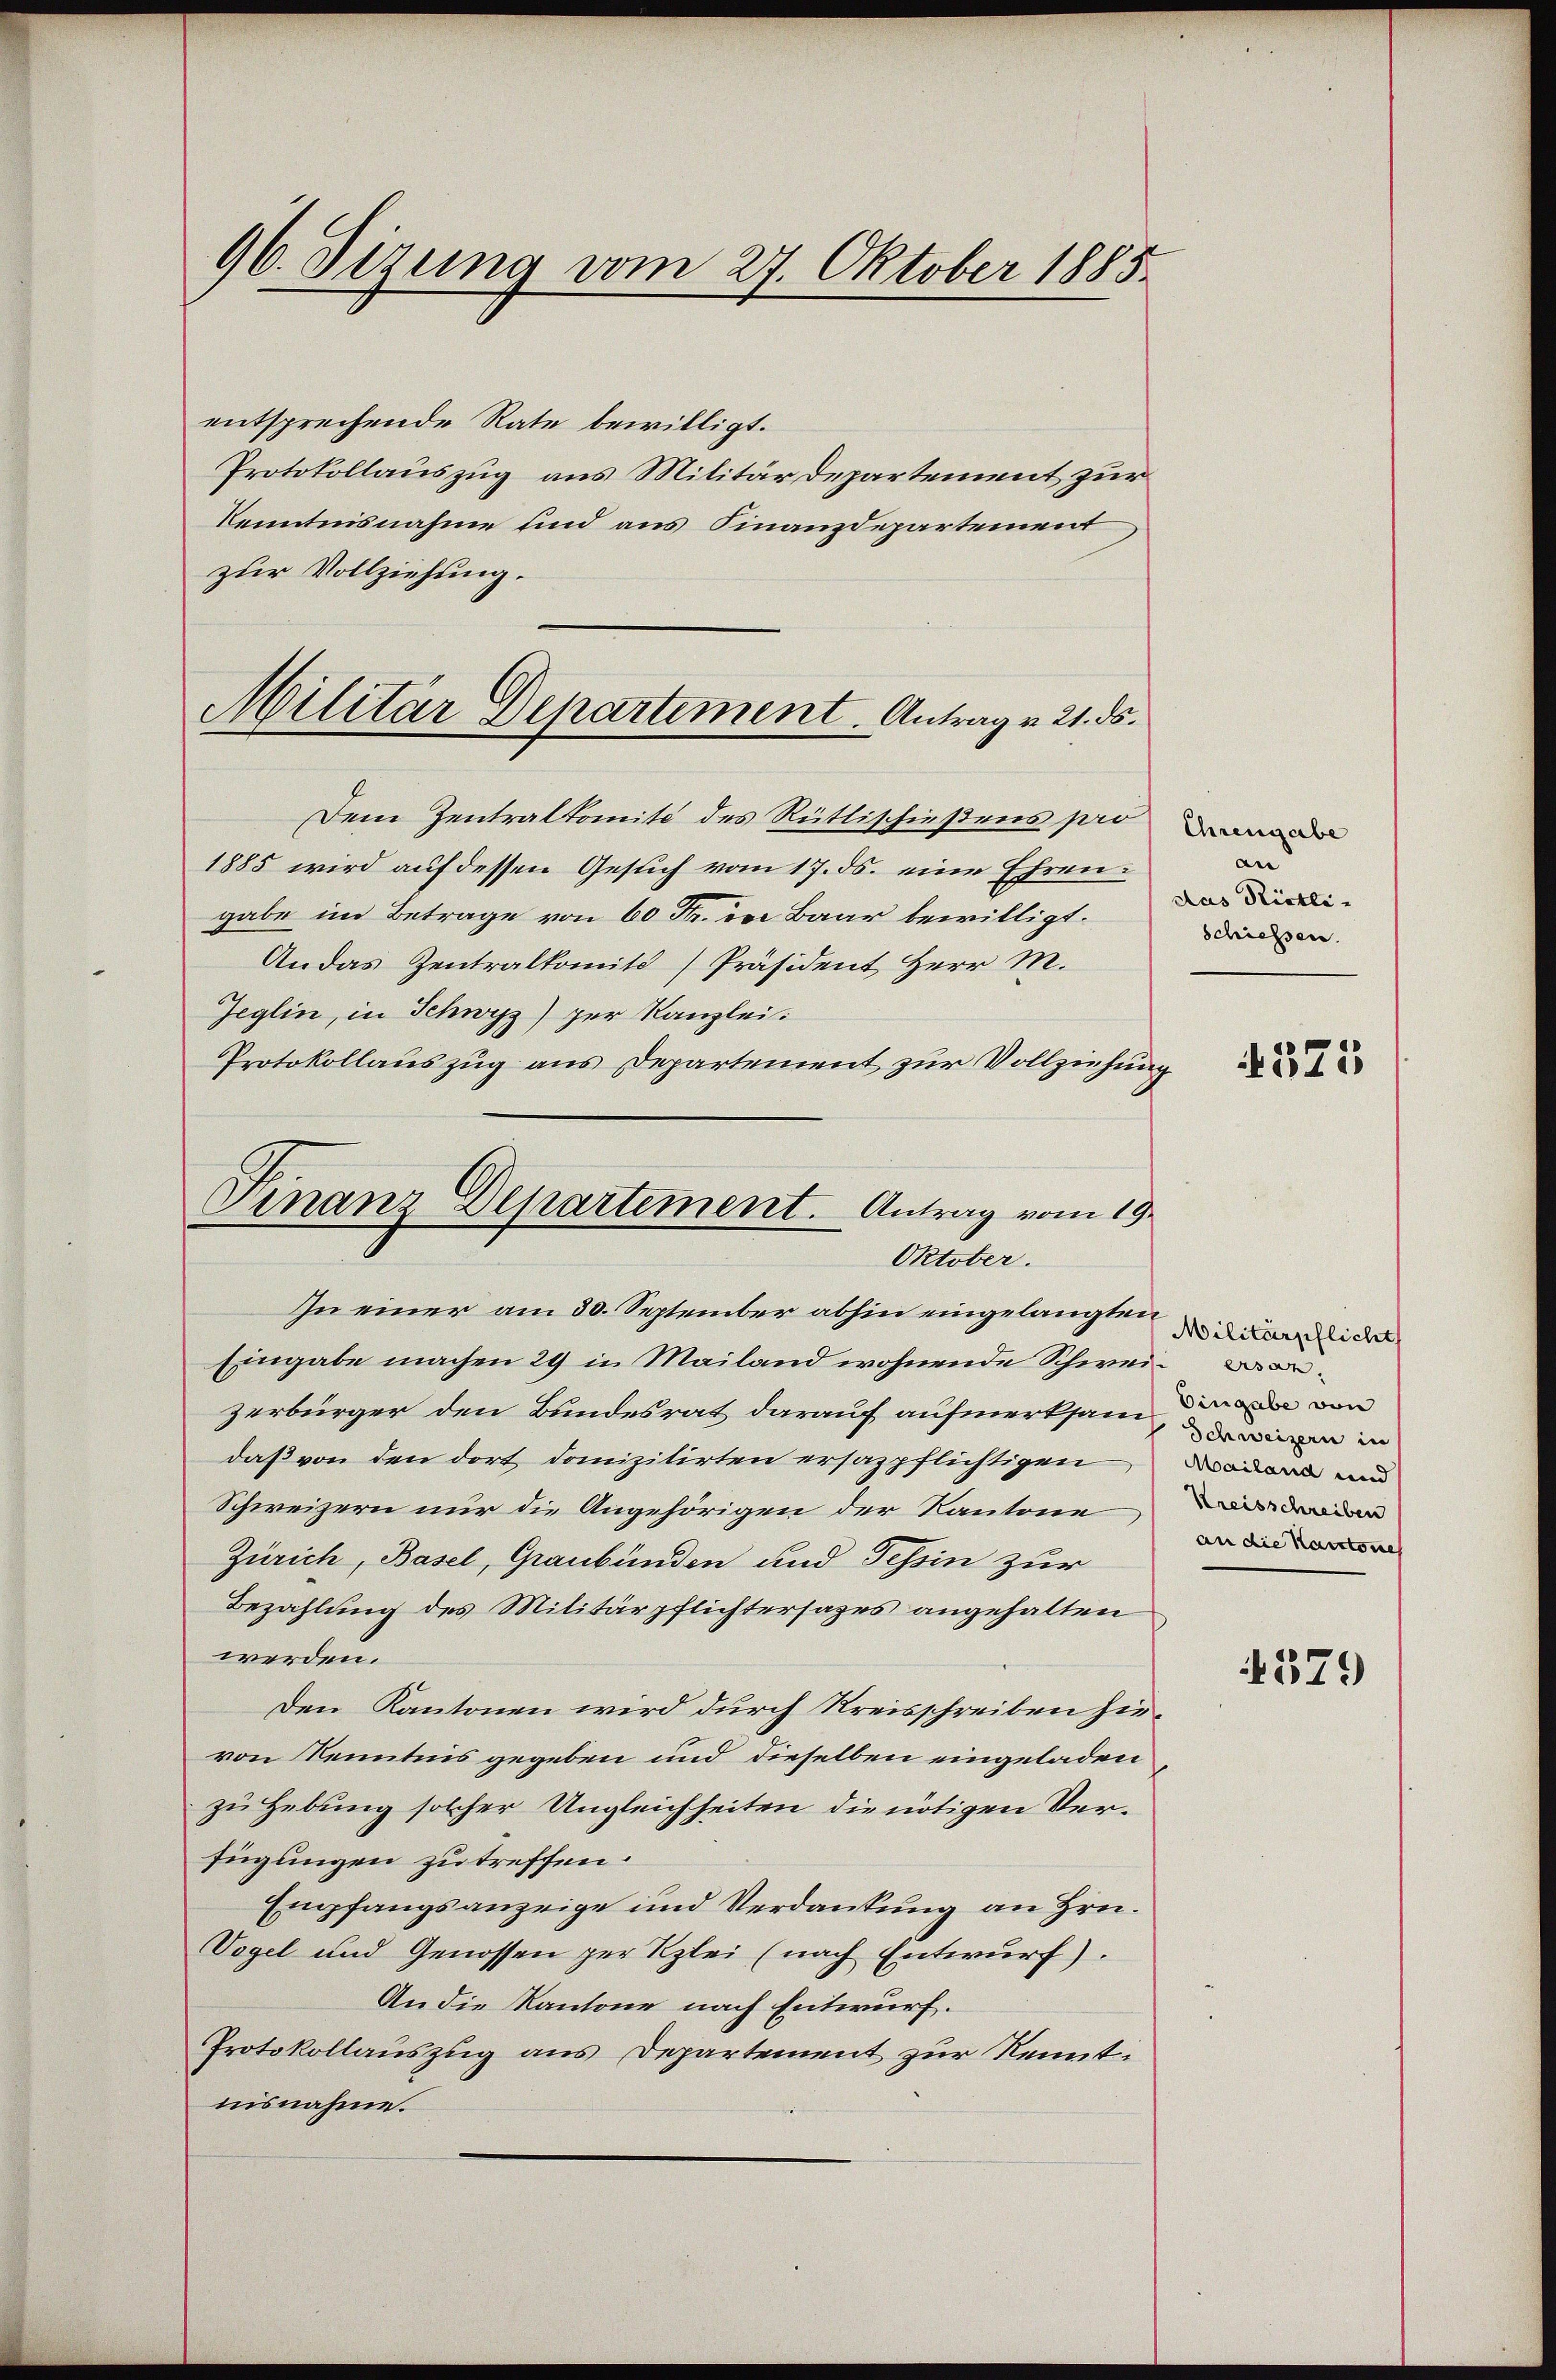
entsprechende Rate bewilligt.
Protokollauszug aus Militärdepartement zur
Kenntnisnahme und aus Finanzdepartement
zur Vollziehung.
Dem Zentralkomité des Rütlischießens pro
1885 wird auf dessen Gesuch vom 17. ds. eine Ehrengabe im Betrage von 60 Fr. der Baar bewilligt.
An das Zentralkomit Präsident Herr M.
Jeglin, in Schwyz) zur Kanzlei.
Protokollauszug aus Departement zur Vollziehung
Finanz Departement. Antrag vom 19.

96. Dirung vom 27. Oktober 1885.

Militär Departement. Antrag v. 21. ds.

Oktober.

In einer am 30. September abhin eingelangten
Eingabe machen 29 in Mailand wohnende Schweizerbürger den Bundesrat darauf aufmerksam der von
daß von den dort danizilirten ersazpflichtigen
Schweizern nur die Angehörigen der Kantone
Zürich, Basel, Graubünden und Tessin zur
Bezahlung des Militärpflichtersages angehalten
werden.
Den Kantonen wird durch Kreisschreiben hievon Kenntnis gegeben und dieselben eingeladen
zu Hebung solcher Ungleichheiten die nötigen Verfügungen zu treffen.
Empfangsanzeige und Verdankung an Hrn.
Vogel und Genossen zur Kzlei (nach Entwurf).
An die Kantone nach Entwurf.
Protokollauszug aus Departement zur Kenntnisnahme.

Chrengabe
an
das Pistli-
schiessen.

4371

Militärpflicht
Schweizern in
Mailand und
Kreisschreiben
an die Kantone

579